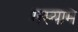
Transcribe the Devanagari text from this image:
मस्याम